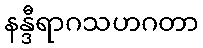
နန္ဒီရာဂသဟဂတာ